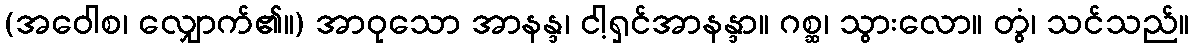
(အဝေါစ၊ လျှောက်၏။) အာဝုသော အာနန္ဒ၊ ငါ့ရှင်အာနန္ဒာ။ ဂစ္ဆ၊ သွားလော။ တွံ၊ သင်သည်။